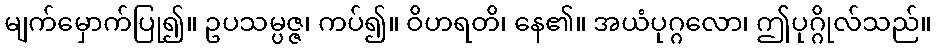
မျက်မှောက်ပြု၍။ ဥပသမ္ပဇ္ဇ၊ ကပ်၍။ ဝိဟရတိ၊ နေ၏။ အယံပုဂ္ဂလော၊ ဤပုဂ္ဂိုလ်သည်။